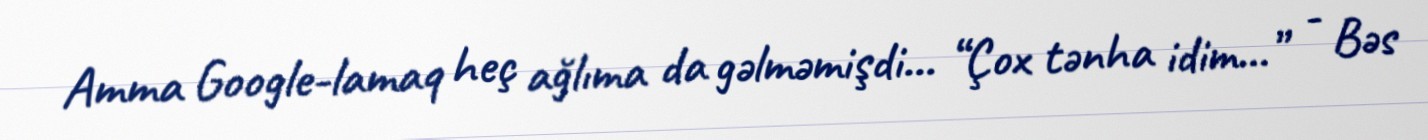
Amma Google-lamaq heç ağlıma da gəlməmişdi... “Çox tənha idim...” - Bəs